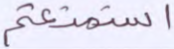
استمتعتم